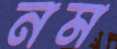
নম